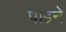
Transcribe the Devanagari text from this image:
पाइने